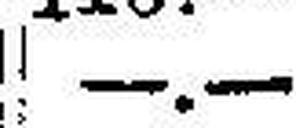
—.—